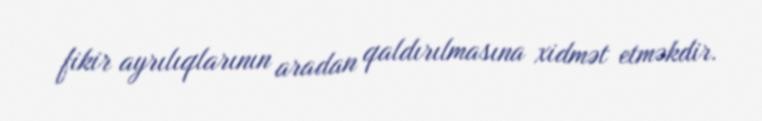
fikir ayrılıqlarının aradan qaldırılmasına xidmət etməkdir.